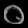
Digit: ၀